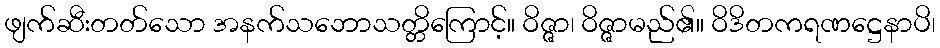
ဖျက်ဆီးတတ်သော အနက်သဘောသတ္တိကြောင့်။ ဝိဇ္ဇာ၊ ဝိဇ္ဇာမည်၏။ ဝိဒိတကရဏဋ္ဌေနာပိ၊